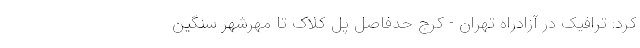
کرد: ترافیک در آزادراه تهران - کرج حدفاصل پل کلاک تا مهرشهر سنگین